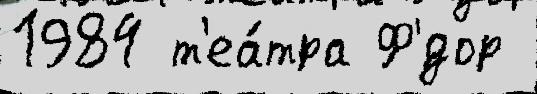
1984 т'еа́тра Ф'́дор